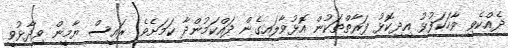
ދެއްކެވި ވާހަކަފުޅު އިދިކޮޅު ފަރާތްތަކުން އޮޅުވާލައިގެން ދައްކަމުންދާ ކަމަށެވެ. ރައީސް ޔާމީން ވިދާޅުވީ